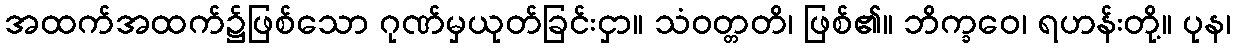
အထက်အထက်၌ဖြစ်သော ဂုဏ်မှယုတ်ခြင်းငှာ။ သံဝတ္တတိ၊ ဖြစ်၏။ ဘိက္ခဝေ၊ ရဟန်းတို့။ ပုန၊